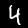
Digit: 4